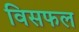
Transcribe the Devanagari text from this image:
विसफल